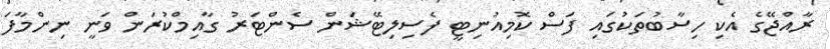
ރާއްޖޭގެ އެކި ހިސާބުތަކުގައި ފަސް ކޮމިއުނިޓީ ފެސިލިޓޭޝަން ސެންޓަރު ގާއިމްކުރަން ވަނީ ނިންމާފަ